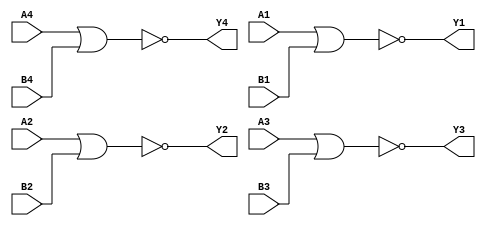
module mod_7402 (
	input A1, input B1, output Y1, 
	input A2, input B2, output Y2, 
	input A3, input B3, output Y3, 
	input A4, input B4, output Y4
);
	assign Y1 = !(A1 | B1);
	assign Y2 = !(A2 | B2);
	assign Y3 = !(A3 | B3);
	assign Y4 = !(A4 | B4);
endmodule